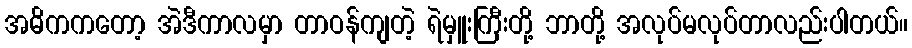
အဓိကကတော့ အဲဒီကာလမှာ တာဝန်ကျတဲ့ ရဲမှူးကြီးတို့ ဘာတို့ အလုပ်မလုပ်တာလည်းပါတယ်။